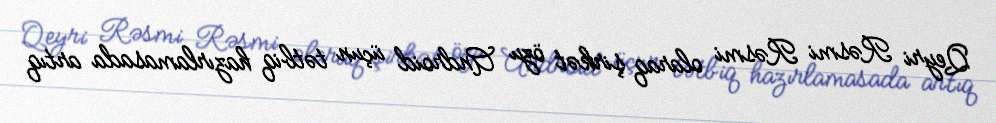
Qeyri Rəsmi Rəsmi olaraq şirkət özu Android üçun tətbiq hazırlamasada artıq